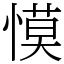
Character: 慔